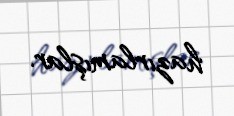
hazırlamışlar.